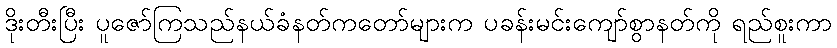
ဒိုးတီးပြီး ပူဇော်ကြသည်နယ်ခံနတ်ကတော်များက ပခန်းမင်းကျော်စွာနတ်ကို ရည်စူးကာ